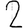
Digit: 2